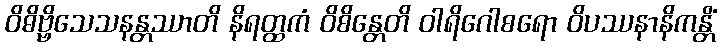
ဝိဓိဗ္ဗိသေသနန္တဿာတိ နိရတ္ထကံ ဝိစိန္တေတိ ဝါရိဂေါစရော ဝိပဿနာနိကန္တိံ